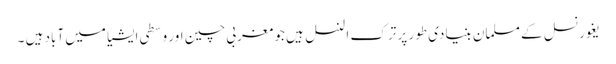
یغور نسل کے مسلمان بنیادی طور پر ترک النسل ہیں جو مغربی چین اور وسطی ایشیا میں آباد ہیں ۔